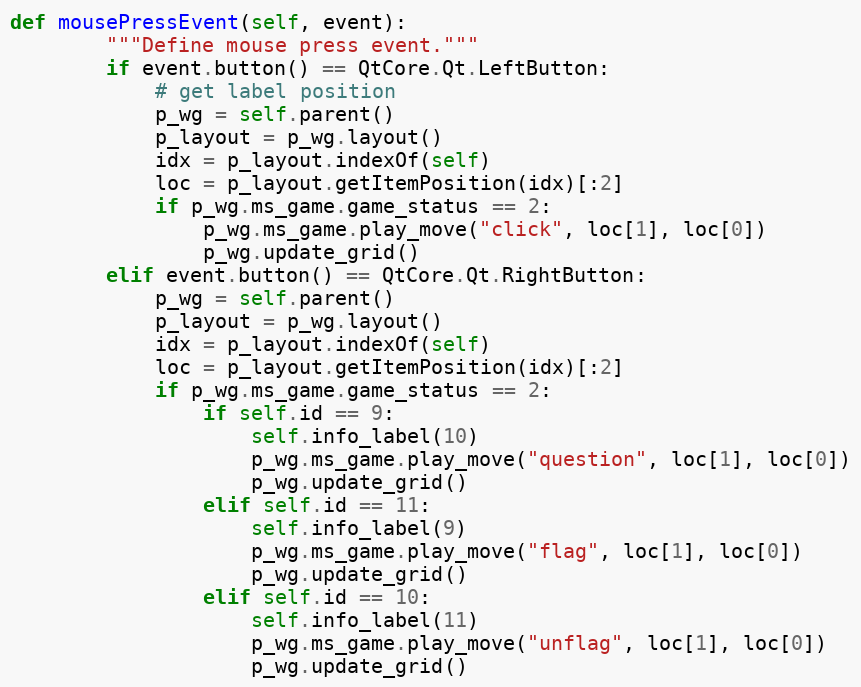
Language: Python
def mousePressEvent(self, event):
        """Define mouse press event."""
        if event.button() == QtCore.Qt.LeftButton:
            # get label position
            p_wg = self.parent()
            p_layout = p_wg.layout()
            idx = p_layout.indexOf(self)
            loc = p_layout.getItemPosition(idx)[:2]
            if p_wg.ms_game.game_status == 2:
                p_wg.ms_game.play_move("click", loc[1], loc[0])
                p_wg.update_grid()
        elif event.button() == QtCore.Qt.RightButton:
            p_wg = self.parent()
            p_layout = p_wg.layout()
            idx = p_layout.indexOf(self)
            loc = p_layout.getItemPosition(idx)[:2]
            if p_wg.ms_game.game_status == 2:
                if self.id == 9:
                    self.info_label(10)
                    p_wg.ms_game.play_move("question", loc[1], loc[0])
                    p_wg.update_grid()
                elif self.id == 11:
                    self.info_label(9)
                    p_wg.ms_game.play_move("flag", loc[1], loc[0])
                    p_wg.update_grid()
                elif self.id == 10:
                    self.info_label(11)
                    p_wg.ms_game.play_move("unflag", loc[1], loc[0])
                    p_wg.update_grid()